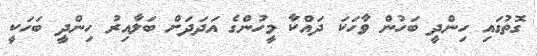
ގޮތުގައި ހިންދީ ބަހުން ވާހަކަ ދައްކާ މީހުންގެ އަދަދަށް ބަލާއިރު ހިންދީ ބަހަކީ